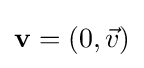
\mathbf {v} =(0,{\vec {v}})